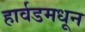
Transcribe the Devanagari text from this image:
हार्वडमधून